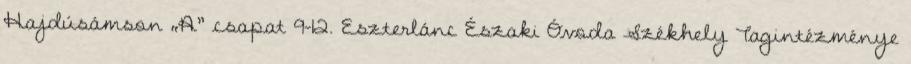
Hajdúsámson „A” csapat 9-12. Eszterlánc Északi Óvoda Székhely Tagintézménye